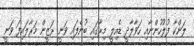
ލަންކާ ފުލުހުންނާއި ހަވާލާދީ ޑެއިލީ މިރާގައި ބުނެފައި ވަނީ ރަޒީން މަރާލައިފަ ވަނީ